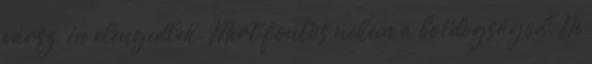
vársz, én elengedlek. Mert fontos nekem a boldogságod. De